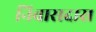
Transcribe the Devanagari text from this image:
निवासदास